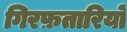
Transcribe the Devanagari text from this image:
गिरफ़तारियों